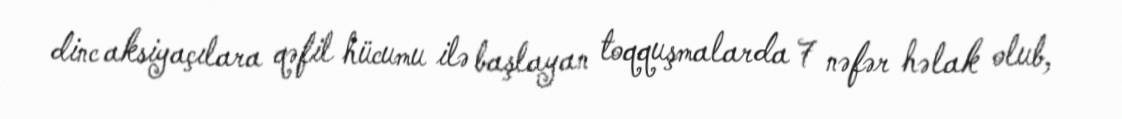
dinc aksiyaçılara qəfil hücumu ilə başlayan toqquşmalarda 7 nəfər həlak olub,